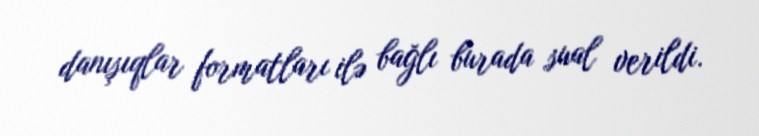
danışıqlar formatları ilə bağlı burada sual verildi.